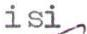
isi,